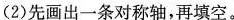
(2)先画出一条对称轴，再填空。